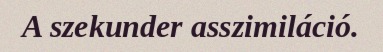
A szekunder asszimiláció.